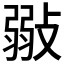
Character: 𢾲